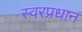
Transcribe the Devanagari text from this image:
स्वरप्रधान